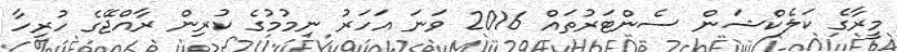
މީރާގެ ކަލެކްޝަން ސެންޓަރުތައް 2016 ވަނަ އަހަރު ނިމުމުގެ ކުރިން ރާއްޖޭގެ ހުރިހާ